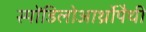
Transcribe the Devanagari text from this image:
स्पोंडिलोआर्थ्रोपैथी